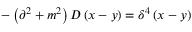
- \left( \partial ^ { 2 } + m ^ { 2 } \right) D \left( x - y \right) = \delta ^ { 4 } \left( x - y \right)